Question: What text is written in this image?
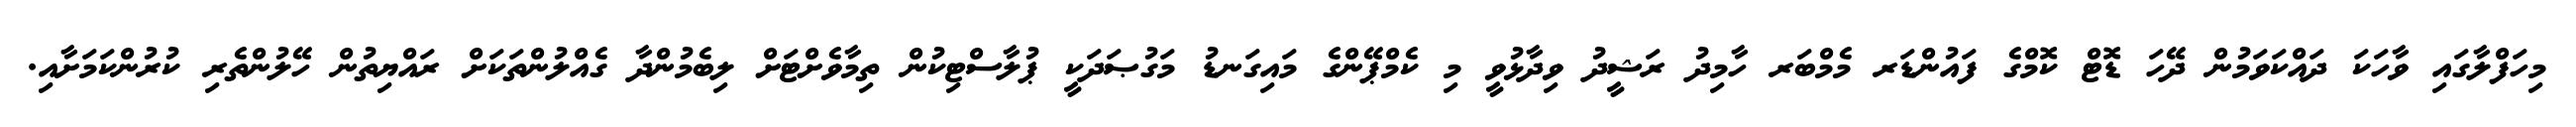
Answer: މިހަފްލާގައި ވާހަކަ ދައްކަވަމުން ދޭހަ ޑޮޓް ކޮމްގެ ފައުންޑަރ މެމްބަރ ހާމިދު ރަޝީދު ވިދާޅުވީ މި ކެމްޕޭންގެ މައިގަނޑު މަގުޞަދަކީ ޕުލާސްޓިކުން ތިމާވެށްޓަށް ލިބެމުންދާ ގެއްލުންތަކަށް ރައްޔިތުން ހޭލުންތެރި ކުރުންކަމަށާއި.